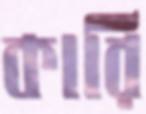
কারি